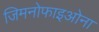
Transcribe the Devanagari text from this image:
जिमनोफाइओना